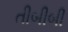
તીબીબી